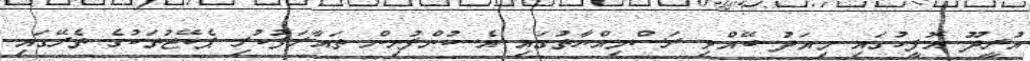
އުރީދޫ އޮފީހުގައި މިއަދު ބޭއްވި ރަސްމިއްޔާތުގައި އެ ކުންފުނިން ތައާރަފުކުރި ޕެކޭޖުތަކުގެ ތެރޭގައި